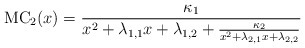
\begin{align*}\mathrm{MC}_2(x)=\frac{\kappa_1}{x^2+\lambda_{1,1}x+\lambda_{1,2}+\frac{\kappa_2}{x^2+\lambda_{2,1}x+\lambda_{2,2}}}\end{align*}